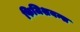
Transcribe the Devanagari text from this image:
फिजिशयन्स